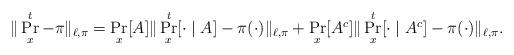
LaTeX: \begin{align*}\|\Pr_x^{t}- \pi \|_{\ell,\pi}= \Pr_x[A] \|\Pr_x^t[\cdot \mid A ]- \pi(\cdot) \|_{\ell,\pi}+\Pr_x[A^{c}] \|\Pr_x^t[\cdot \mid A^{c} ]- \pi(\cdot) \|_{\ell,\pi}. \end{align*}